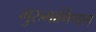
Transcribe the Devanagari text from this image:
गुरुमार्गिणाम्